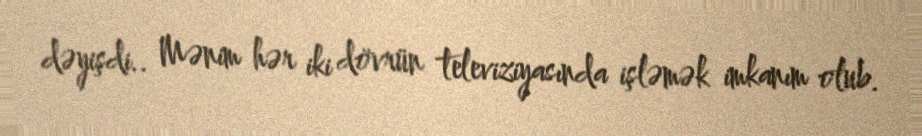
dəyişdi.. Mənim hər iki dövrün televiziyasında işləmək imkanım olub.